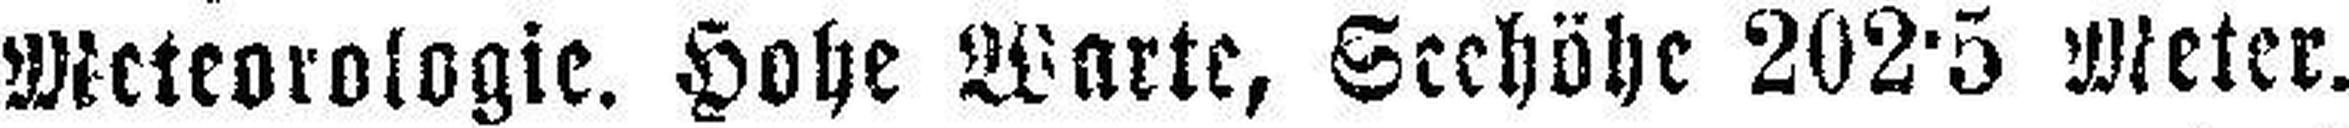
Meteorologie. Hohe Warte, Seehöhe 202·5 Meter.